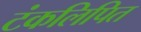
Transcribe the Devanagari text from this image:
टंकलिपित